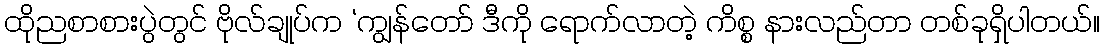
ထိုညစာစားပွဲတွင် ဗိုလ်ချုပ်က ‘ကျွန်တော် ဒီကို ရောက်လာတဲ့ ကိစ္စ နားလည်တာ တစ်ခုရှိပါတယ်။